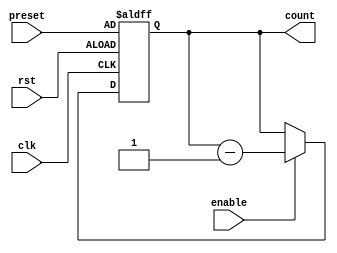
module binary_down_counter(
    input wire clk,
    input wire rst,
    input wire enable,
    input wire [7:0] preset,
    output reg [7:0] count
);

always @(posedge clk or posedge rst) begin
    if (rst) begin
        count <= preset;
    end else if (enable) begin
        count <= count - 1;
    end
end

endmodule